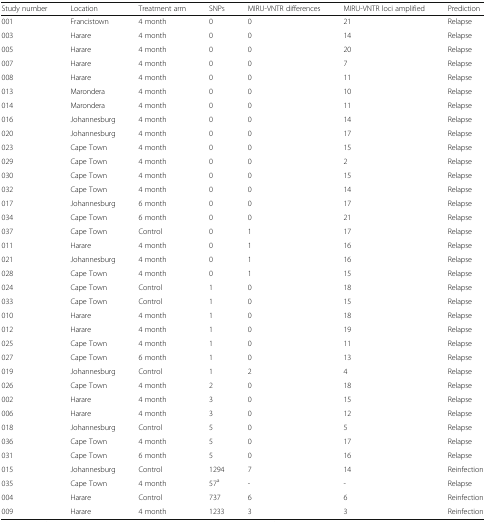
<table><thead><tr><td><b>Study number</b></td><td><b>Location</b></td><td><b>Treatment arm</b></td><td><b>SNPs</b></td><td><b>MIRU-VNTR differences</b></td><td><b>MIRU-VNTR loci amplified</b></td><td><b>Prediction</b></td></tr></thead><tbody><tr><td>001</td><td>Francistown</td><td>4 month</td><td>0</td><td>0</td><td>21</td><td>Relapse</td></tr><tr><td>003</td><td>Harare</td><td>4 month</td><td>0</td><td>0</td><td>14</td><td>Relapse</td></tr><tr><td>005</td><td>Harare</td><td>4 month</td><td>0</td><td>0</td><td>20</td><td>Relapse</td></tr><tr><td>007</td><td>Harare</td><td>4 month</td><td>0</td><td>0</td><td>7</td><td>Relapse</td></tr><tr><td>008</td><td>Harare</td><td>4 month</td><td>0</td><td>0</td><td>11</td><td>Relapse</td></tr><tr><td>013</td><td>Marondera</td><td>4 month</td><td>0</td><td>0</td><td>10</td><td>Relapse</td></tr><tr><td>014</td><td>Marondera</td><td>4 month</td><td>0</td><td>0</td><td>11</td><td>Relapse</td></tr><tr><td>016</td><td>Johannesburg</td><td>4 month</td><td>0</td><td>0</td><td>14</td><td>Relapse</td></tr><tr><td>020</td><td>Johannesburg</td><td>4 month</td><td>0</td><td>0</td><td>17</td><td>Relapse</td></tr><tr><td>023</td><td>Cape Town</td><td>4 month</td><td>0</td><td>0</td><td>15</td><td>Relapse</td></tr><tr><td>029</td><td>Cape Town</td><td>4 month</td><td>0</td><td>0</td><td>2</td><td>Relapse</td></tr><tr><td>030</td><td>Cape Town</td><td>4 month</td><td>0</td><td>0</td><td>15</td><td>Relapse</td></tr><tr><td>032</td><td>Cape Town</td><td>4 month</td><td>0</td><td>0</td><td>14</td><td>Relapse</td></tr><tr><td>017</td><td>Johannesburg</td><td>6 month</td><td>0</td><td>0</td><td>17</td><td>Relapse</td></tr><tr><td>034</td><td>Cape Town</td><td>6 month</td><td>0</td><td>0</td><td>21</td><td>Relapse</td></tr><tr><td>037</td><td>Cape Town</td><td>Control</td><td>0</td><td>1</td><td>17</td><td>Relapse</td></tr><tr><td>011</td><td>Harare</td><td>4 month</td><td>0</td><td>1</td><td>16</td><td>Relapse</td></tr><tr><td>021</td><td>Johannesburg</td><td>4 month</td><td>0</td><td>1</td><td>16</td><td>Relapse</td></tr><tr><td>028</td><td>Cape Town</td><td>4 month</td><td>0</td><td>1</td><td>15</td><td>Relapse</td></tr><tr><td>024</td><td>Cape Town</td><td>Control</td><td>1</td><td>0</td><td>18</td><td>Relapse</td></tr><tr><td>033</td><td>Cape Town</td><td>Control</td><td>1</td><td>0</td><td>15</td><td>Relapse</td></tr><tr><td>010</td><td>Harare</td><td>4 month</td><td>1</td><td>0</td><td>18</td><td>Relapse</td></tr><tr><td>012</td><td>Harare</td><td>4 month</td><td>1</td><td>0</td><td>19</td><td>Relapse</td></tr><tr><td>025</td><td>Cape Town</td><td>4 month</td><td>1</td><td>0</td><td>11</td><td>Relapse</td></tr><tr><td>027</td><td>Cape Town</td><td>6 month</td><td>1</td><td>0</td><td>13</td><td>Relapse</td></tr><tr><td>019</td><td>Johannesburg</td><td>Control</td><td>1</td><td>2</td><td>4</td><td>Relapse</td></tr><tr><td>026</td><td>Cape Town</td><td>4 month</td><td>2</td><td>0</td><td>18</td><td>Relapse</td></tr><tr><td>002</td><td>Harare</td><td>4 month</td><td>3</td><td>0</td><td>15</td><td>Relapse</td></tr><tr><td>006</td><td>Harare</td><td>4 month</td><td>3</td><td>0</td><td>12</td><td>Relapse</td></tr><tr><td>018</td><td>Johannesburg</td><td>Control</td><td>5</td><td>0</td><td>5</td><td>Relapse</td></tr><tr><td>036</td><td>Cape Town</td><td>4 month</td><td>5</td><td>0</td><td>17</td><td>Relapse</td></tr><tr><td>031</td><td>Cape Town</td><td>6 month</td><td>5</td><td>0</td><td>16</td><td>Relapse</td></tr><tr><td>015</td><td>Johannesburg</td><td>Control</td><td>1294</td><td>7</td><td>14</td><td>Reinfection</td></tr><tr><td>035</td><td>Cape Town</td><td>4 month</td><td>57<sup>a</sup></td><td>-</td><td>-</td><td>Relapse</td></tr><tr><td>004</td><td>Harare</td><td>Control</td><td>737</td><td>6</td><td>6</td><td>Reinfection</td></tr><tr><td>009</td><td>Harare</td><td>4 month</td><td>1233</td><td>3</td><td>3</td><td>Reinfection</td></tr></tbody></table>